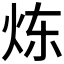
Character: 𮳣